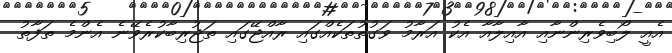
އެއީ ލޯބިވެރިންނާއި އާއިލާއާ އެކު އަރާމު ވަގުތުތަކެއްގައި ރާއްޖޭގައި ތަޖުރިބާކުރެވޭނެ އެންމެ ތަފާތު